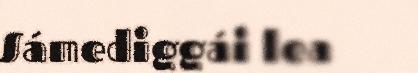
Sámediggái lea